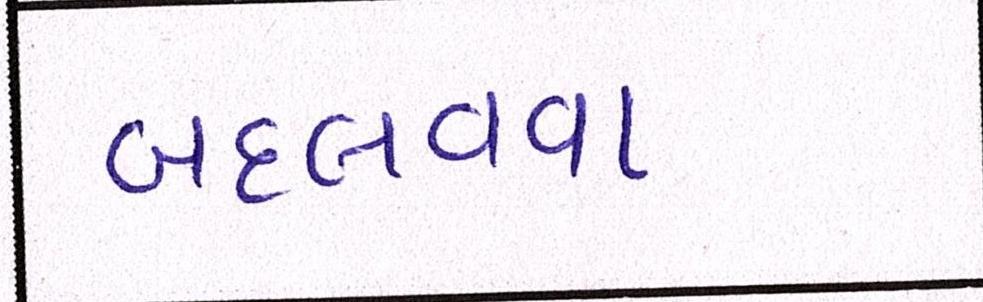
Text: બદલવવા